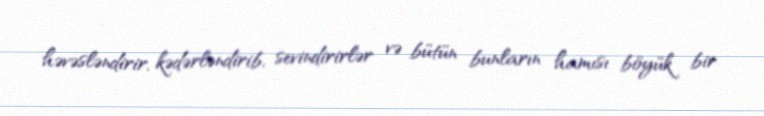
həvəsləndirir, kədərləndirib, sevindirirlər və bütün bunların hamısı böyük bir